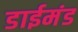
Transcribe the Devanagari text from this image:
डाईमंड